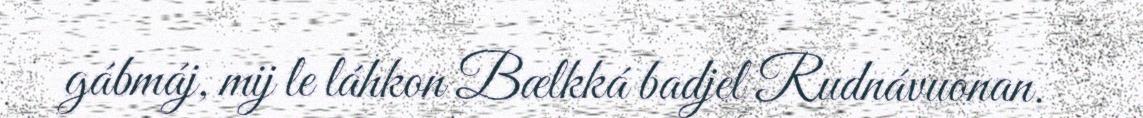
gábmáj, mij le láhkon Bælkká badjel Rudnávuonan.